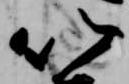
以